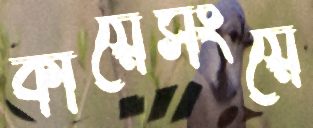
কায়েসংয়ে